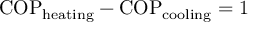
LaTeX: \mathrm { C O P } _ { \mathrm { h e a t i n g } } - \mathrm { C O P } _ { \mathrm { c o o l i n g } } = 1